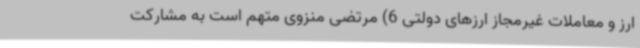
ارز و معاملات غیرمجاز ارزهای دولتی 6) مرتضی منزوی متهم است به مشارکت